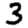
Digit: 3